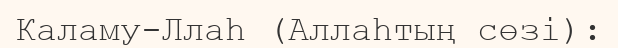
Каламу-Ллаһ (Аллаһтың сөзі):